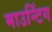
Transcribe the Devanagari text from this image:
माउन्टिंग